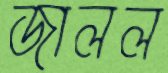
জালল